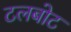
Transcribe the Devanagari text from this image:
टलबोट